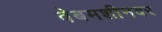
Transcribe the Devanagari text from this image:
वेबमशीनवर